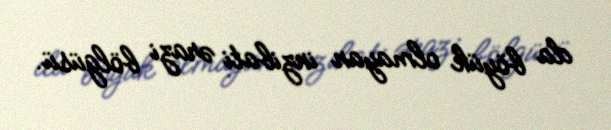
da böyük olmayan inzibati ərazi bölgüsü.